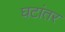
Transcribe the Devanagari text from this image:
घटांतर